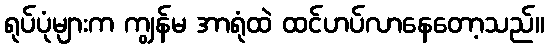
ရုပ်ပုံများက ကျွန်မ အာရုံထဲ ထင်ဟပ်လာနေတော့သည်။